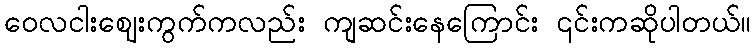
ဝေလငါးဈေးကွက်ကလည်း ကျဆင်းနေကြောင်း ၎င်းကဆိုပါတယ်။